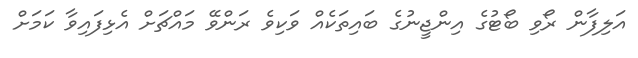
އަލިފާން ރޯވި ބޯޓުގެ އިންޖީނުގެ ބައިތަކެއް ވަކިވެ ރަންވޭ މައްޗަށް އެޅިފައިވާ ކަމަށް